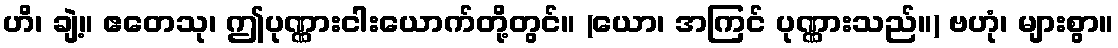
ဟိ၊ ချဲ့။ ဧတေသု၊ ဤပုဏ္ဏားငါးယောက်တို့တွင်။ (ယော၊ အကြင် ပုဏ္ဏားသည်။) ဗဟုံ၊ များစွာ။